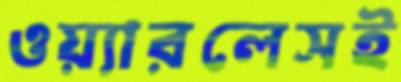
ওয়্যারলেসই